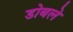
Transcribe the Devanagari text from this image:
डोबले